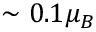
\sim 0 . 1 \mu _ { B }